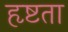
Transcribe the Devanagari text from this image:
हृष्टता